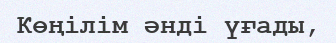
Көңілім әнді үғады,